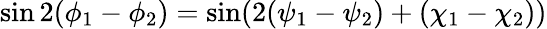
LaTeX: \sin 2(\phi_{1}-\phi_{2})=\sin(2(\psi_{1}-\psi_{2})+(\chi_{1}-\chi_{2}))